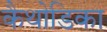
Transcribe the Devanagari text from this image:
कैथोडिका